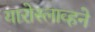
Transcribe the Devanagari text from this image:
यारोस्लाव्हने